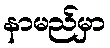
နာမည်မှာ